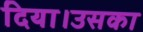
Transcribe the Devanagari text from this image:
दिया।उसका